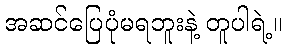
အဆင်ပြေပုံမရဘူးနဲ့ တူပါရဲ့။